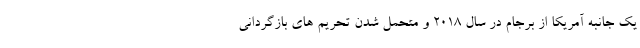
یک جانبه آمریکا از برجام در سال ۲۰۱۸ و متحمل شدن تحریم های بازگردانی